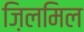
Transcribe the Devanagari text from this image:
ज़िलमिल